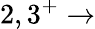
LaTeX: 2,3^{+}\rightarrow